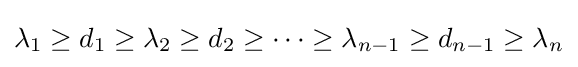
\lambda _{1}\geq d_{1}\geq \lambda _{2}\geq d_{2}\geq \cdots \geq \lambda _{n-1}\geq d_{n-1}\geq \lambda _{n}